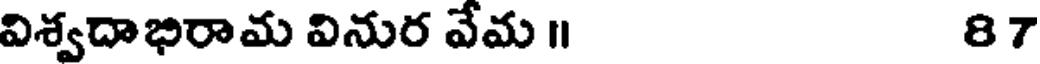
విశ్వదాభిరామ వినుర వేమ ॥ 87